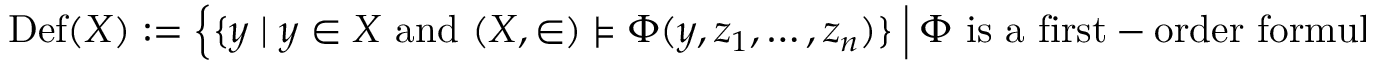
\operatorname { D e f } ( X ) : = { \Bigl \{ } \{ y \mid y \in X { \mathrm { ~ a n d ~ } } ( X , \in ) \models \Phi ( y , z _ { 1 } , \ldots , z _ { n } ) \} ~ { \Big | } ~ \Phi { \mathrm { ~ i s ~ a ~ f i r s t - o r d e r ~ f o r m u l a ~ a n d ~ } } z _ { 1 } , \ldots , z _ { n } \in X { \Bigr \} } .